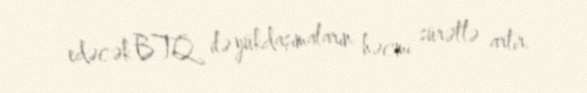
edəcək BTQ ilə yükdaşımaların həcmi sürətlə artır.